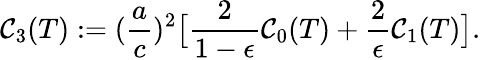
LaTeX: \mathcal{C}_{3}(T):=(\frac{{a}}{{c}})^{2}\bigl[\frac{{2}}{{1-\epsilon}}\mathcal{C}_{0}(T)+\frac{{2}}{{\epsilon}}\mathcal{C}_{1}(T)\bigr].